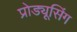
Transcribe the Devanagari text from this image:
प्रोड्यूसिंग